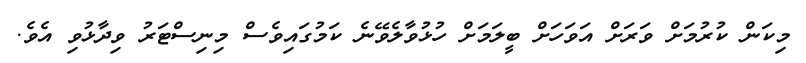
މިކަން ކުރުމަށް ވަރަށް އަވަހަށް ބީލަމަށް ހުޅުވާލެވޭނެ ކަމުގައިވެސް މިނިސްޓަރު ވިދާޅުވި އެވެ.